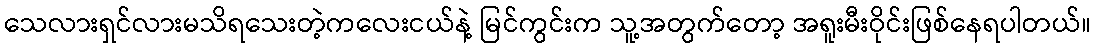
သေလားရှင်လားမသိရသေးတဲ့ကလေးငယ်နဲ့ မြင်ကွင်းက သူ့အတွက်တော့ အရူးမီးဝိုင်းဖြစ်နေရပါတယ်။